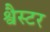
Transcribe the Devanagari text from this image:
श्वैस्टर